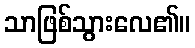
သာဖြစ်သွားလေ၏။